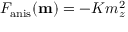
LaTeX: F _ { \mathrm { a n i s } } ( \mathbf { m } ) = - K m _ { z } ^ { 2 }